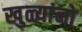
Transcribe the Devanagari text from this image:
खुळ्यांनो